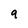
Character: q